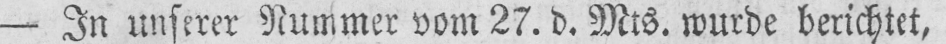
- In unserer Nummer vom 27. d. Mts. wurde berichtet,